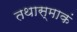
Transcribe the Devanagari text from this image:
तथास्माकं